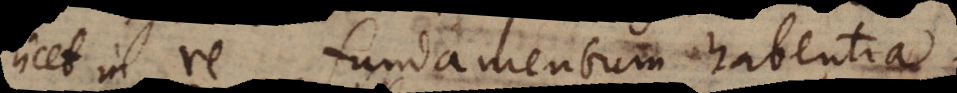
licet in re fundamentum habentia.